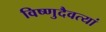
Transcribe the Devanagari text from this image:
विष्णुदैवत्यां